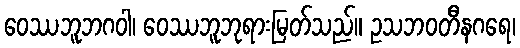
ဝေဿဘူဘဂဝါ၊ ဝေဿဘူဘုရားမြတ်သည်။ ဥသဘဝတီနဂရေ၊